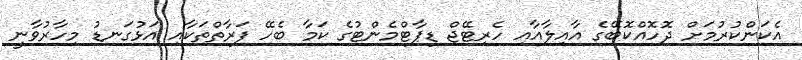
އެކަންކުރުމަށް ދޮހޮއްކޮބޭގެ އާއިލާއާއި ހެރިޓޭޖް ޑިޕާޓްމެންޓުގެ ކަމާ ބެހޭ ފަރާތްތަކާއި އަޅުގަނޑު މިހާރުވާނީ